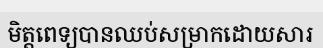
មិត្តពេទ្យបានឈប់សម្រាកដោយសារ